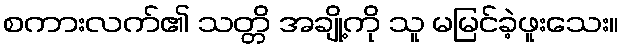
စကားလက်၏ သတ္တိ အချို့ကို သူ မမြင်ခဲ့ဖူးသေး။